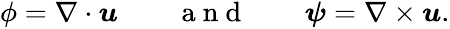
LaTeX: \begin{array}{rlrlr}{\phi=\nabla\cdot\boldsymbol{u}}&{{}}&{\mathrm{~a~n~d~}}&{{}}&{\boldsymbol{\psi}=\nabla\times\boldsymbol{u}.}\end{array}